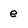
Character: e